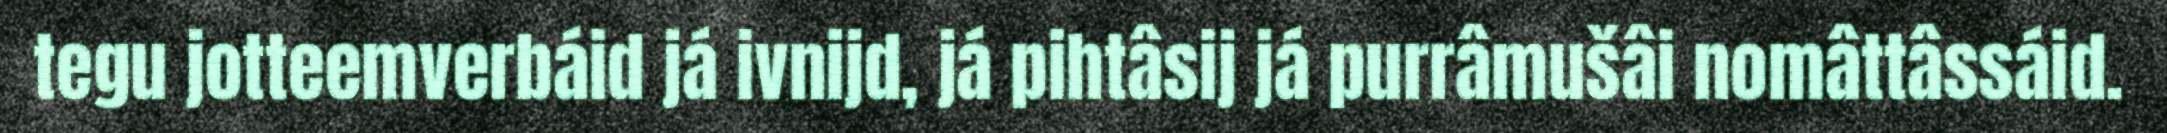
tegu jotteemverbáid já ivnijd, já pihtâsij já purrâmušâi nomâttâssáid.